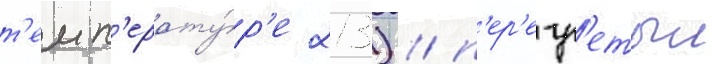
т'емп'ерату́р'е 213) / п'ер'егр'етыи